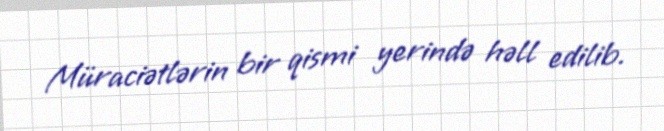
Müraciətlərin bir qismi yerində həll edilib.